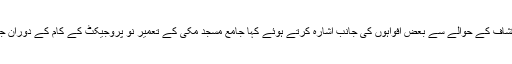
اپنے خطبے کے دوسرے حصے میں مولانا عبدالحمید نے جامع مسجد مکی کے نیچے سرنگ کے انکشاف کے حوالے سے بعض افواہوں کی جانب اشارہ کرتے ہوئے کہا جامع مسجد مکی کے تعمیر نو پروجیکٹ کے کام کے دوران جو کھڈے اور سوراخ نظر آئے ہیں ان کو چند سال پہلے گندے پانیوں کی نکاسی کے لیے کھدایا گیا تھا۔